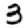
Digit: 3